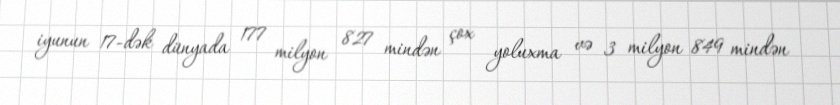
iyunun 17-dək dünyada 177 milyon 827 mindən çox yoluxma və 3 milyon 849 mindən